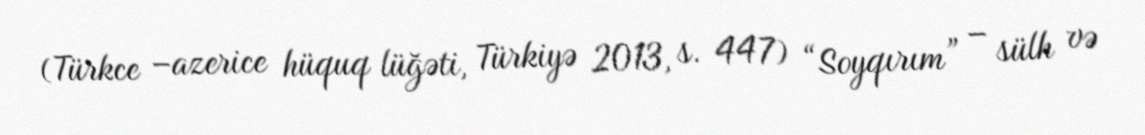
(Türkce –azerice hüquq lüğəti, Türkiyə 2013, s. 447) “Soyqırım” – sülh və